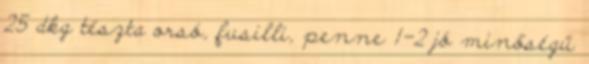
25 dkg tészta orsó, fusilli, penne 1-2 jó minőségű